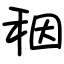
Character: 秵